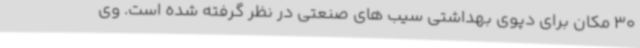
30 مکان برای دپوی بهداشتی سیب های صنعتی در نظر گرفته شده است. وی